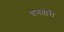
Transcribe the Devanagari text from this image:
धनतोरी